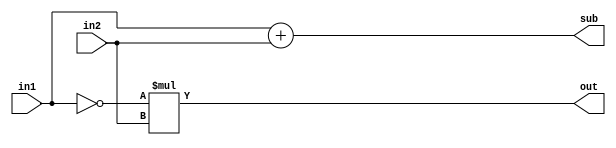
module half_sub_1_bit(
  input in1, in2,
  output sub, out
  );
  
  //always @* begin
    assign sub = in1+in2;
    assign out = ~in1*in2;
  //end
  
endmodule